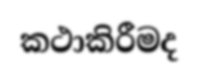
කථාකිරීමද